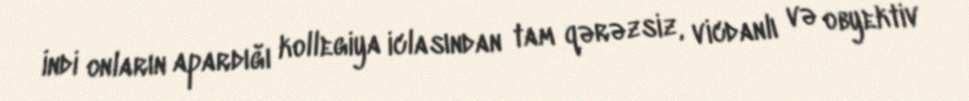
İndi onların apardığı kollegiya iclasından tam qərəzsiz, vicdanlı və obyektiv